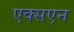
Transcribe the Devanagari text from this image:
एक्सएन